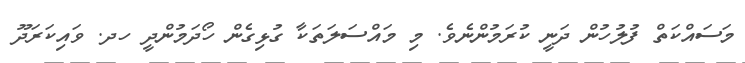
މަސައްކަތް ފުލުހުން ދަނީ ކުރަމުންނެވެ. މި މައްސަލަތަކާ ގުޅިގެން ހޯދަމުންދީ ހދ. ވައިކަރަދޫ